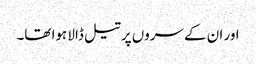
اور ان کے سروں پر تیل ڈالا ہوا تھا۔